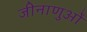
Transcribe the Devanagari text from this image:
जीनाणुओं